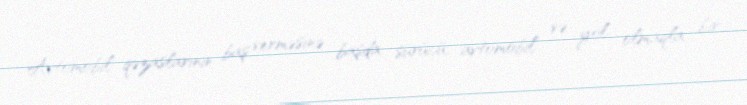
Avtomobil qəzaslarının baş verməsinə başda sürücü, avtomobil və yol olmaqla bir